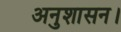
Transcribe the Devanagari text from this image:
अनुशासन।